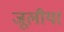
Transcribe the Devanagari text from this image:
जूलीया